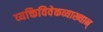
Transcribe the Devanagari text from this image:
व्यक्तिविवेकव्याख्यान्‌